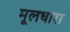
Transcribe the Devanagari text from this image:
मूलधारा